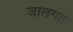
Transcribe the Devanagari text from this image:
जालगत